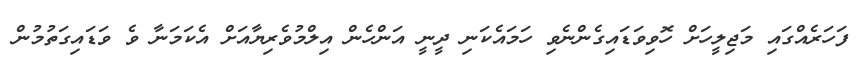
ފަހަރެއްގައި މަޖިލީހަށް ހޮވިވަޑައިގެންނެވި ހަމައެކަނި ދީނީ އަންހެން އިލްމުވެރިޔާއަށް އެކަމަނާ ވެ ވަޑައިގަތުމުން